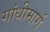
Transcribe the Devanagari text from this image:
गांधीमार्ग